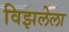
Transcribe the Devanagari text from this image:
विझलेला